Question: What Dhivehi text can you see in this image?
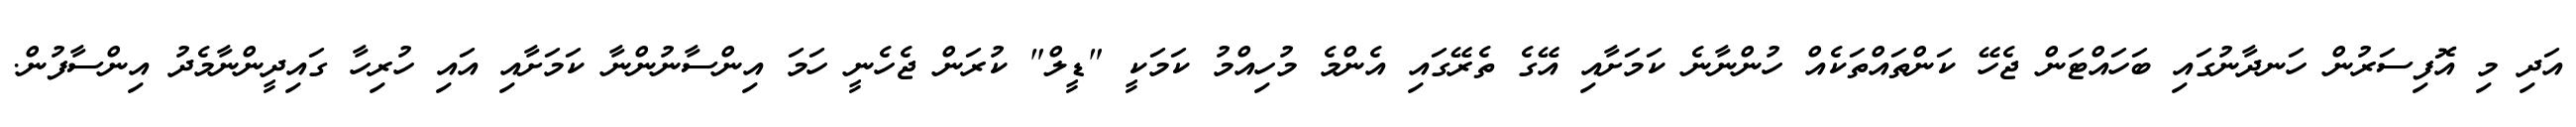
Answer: އަދި މި އޮފިސަރުން ހަނދާނުގައި ބަހައްޓަން ޖެހޭ ކަންތައްތަކެއް ހުންނާނެ ކަމަށާއި އޭގެ ތެރޭގައި އެންމެ މުހިއްމު ކަމަކީ "ޑީލް" ކުރަން ޖެހެނީ ހަމަ އިންސާނުންނާ ކަމަށާއި އައި ހުރިހާ ގައިދީންނާމެދު އިންސާފުން.